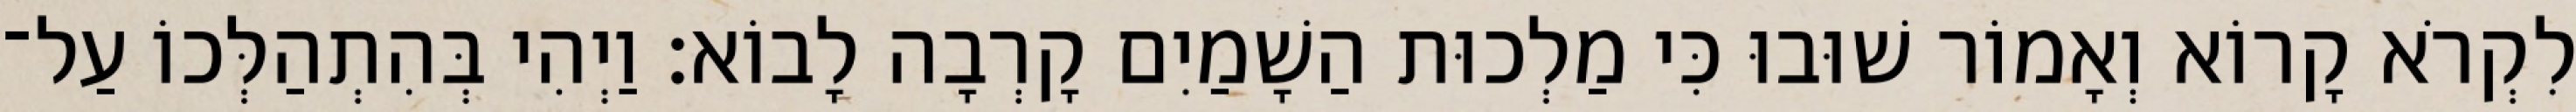
לִקְרֹא קָרוֹא וְאָמוֹר שׁוּבוּ כִּי מַלְכוּת הַשָׁמַיִם קָרְבָה לָבוֹא׃ וַיְהִי בְּהִתְהַלְּכוֹ עַל־